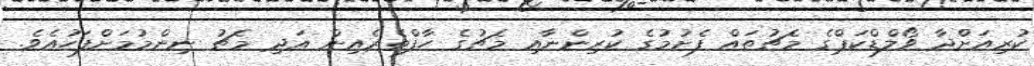
ކުރިއަށްދާ ވޯލްޑްކަޕްގެ މެޗުތައް ފެށުމުގެ ކުރިންނާއި މެޗުގެ ހާފްތެރެއިން އަދި މެޗު ނިންމުމަށްފަހުއެވެ.